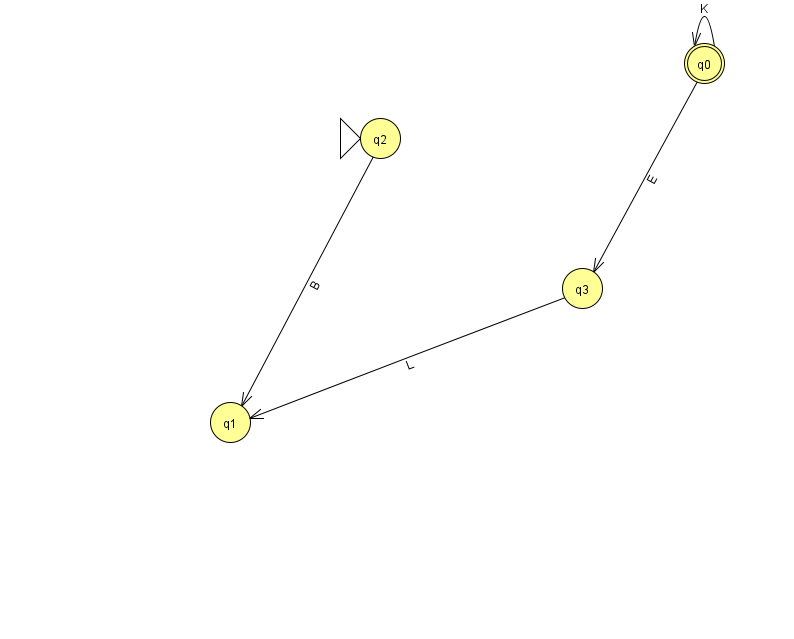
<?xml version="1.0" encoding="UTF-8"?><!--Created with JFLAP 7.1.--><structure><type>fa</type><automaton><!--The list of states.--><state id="0" name="q0"><x>704.0</x><y>50.0</y><final/></state><state id="1" name="q1"><x>230.0</x><y>409.0</y></state><state id="2" name="q2"><x>380.0</x><y>125.0</y><initial/></state><state id="3" name="q3"><x>582.0</x><y>275.0</y></state><!--The list of transitions.--><transition><from>0</from><to>3</to><read>E</read></transition><transition><from>0</from><to>0</to><read>K</read></transition><transition><from>2</from><to>1</to><read>B</read></transition><transition><from>3</from><to>1</to><read>L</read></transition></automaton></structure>